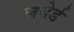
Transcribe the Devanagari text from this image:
लनेर्ड